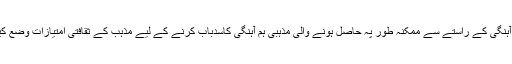
ثقافتی ہم آہنگی کے راستے سے ممکنہ طور پہ حاصل ہونے والی مذہبی ہم آہنگی کاسدباب کرنے کے لیے مذہب کے ثقافتی امتیازات وضع کیے گئے۔